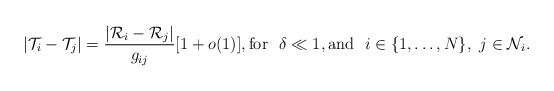
\begin{align*} |\mathcal{T}_i-\mathcal{T}_j|=\frac{|\mathcal{R}_i-\mathcal{R}_j|}{g_{ij}}[1+o(1)], \mbox{for }~ \delta\ll 1, \mbox{and }~ i\in \{1,\ldots,N\}, ~j\in \mathcal{N}_i.\end{align*}